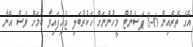
އޭގެ ތެރެއިން 6-8 ޕަސެންޓް މީހުންނަށް ހަކުރުބަލި ޖެހިފައިވާ ކަމަށް ވެސް އޭނާ